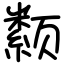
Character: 颣